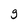
Character: g